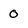
Character: 0